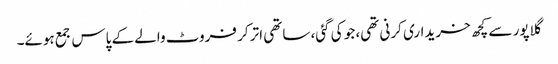
گلاپور سے کچھ خریداری کرنی تھی، جو کی گئی، ساتھی اتر کر فروٹ والے کے پاس جمع ہوئے۔